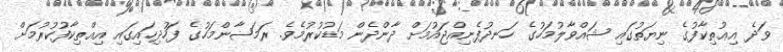
ވަދެ އިޢުތިކާފުގެ ނިޔަތުގައި ޝައްވާލުމަހުގެ ހަނދުފެނިއްޖައުމަށް ދާންދެން މަޑުކުރުމެވެ. ރަމަޟާންމަހުގެ ފަހުދިހައިގައި އިޢްތިކާފުކުރުމަށް